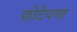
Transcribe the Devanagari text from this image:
छोटेपणा